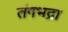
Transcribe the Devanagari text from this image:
तंगभद्रा